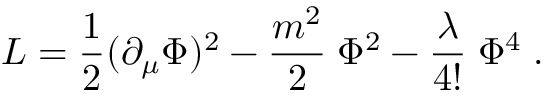
{ \cal L } = \frac 1 2 ( \partial _ { \mu } \Phi ) ^ { 2 } - { \frac { m ^ { 2 } } { 2 } } \; \Phi ^ { 2 } - { \frac { \lambda } { 4 ! } } \; \Phi ^ { 4 } \; .